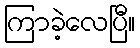
ကြာခဲ့လေပြီ။